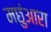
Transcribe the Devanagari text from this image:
मछुंआरा